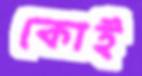
কোই